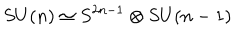
LaTeX: S U ( n ) \simeq S ^ { 2 n - 1 } \otimes S U ( n - 1 )